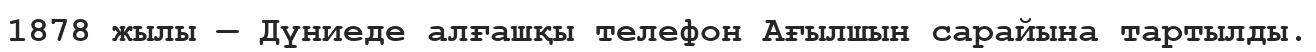
1878 жылы — Дүниеде алғашқы телефон Ағылшын сарайына тартылды.